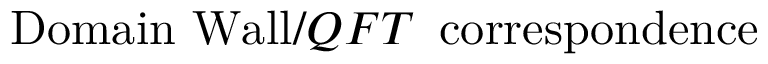
\mathrm { D o m a i n ~ W a l l } / Q F T \, \, \, \mathrm { c o r r e s p o n d e n c e }